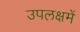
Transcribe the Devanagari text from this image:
उपलक्षमें